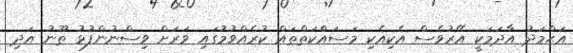
އަޙްމަދު އާދަމަކީ އޭރުވެސް އެކިއެކި މަސައްކަތްތައް ކުރެއްވުމުގައި ވަރަށް ވިސްނުންފުޅު ތޫނު އަދި